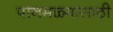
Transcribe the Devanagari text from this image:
पानमळ्यासाठी